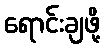
ရောင်းချဖို့